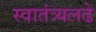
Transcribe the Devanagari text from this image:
स्वातंत्र्यलढे